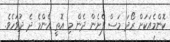
ކޮންމެއަކަށް ރޯދަ މަސް ފެށެން ދެން މި އޮތީ އެންމެ ދެ ދުވަހެވެ.